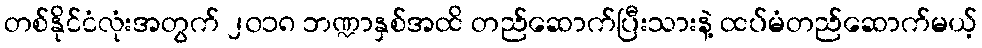
တစ်နိုင်ငံလုံးအတွက် ၂၀၁၈ ဘဏ္ဍာနှစ်အထိ တည်ဆောက်ပြီးသားနဲ့ ထပ်မံတည်ဆောက်မယ့်